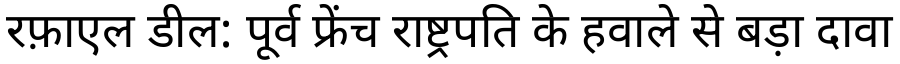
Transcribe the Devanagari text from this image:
रफ़ाएल डील: पूर्व फ्रेंच राष्ट्रपति के हवाले से बड़ा दावा